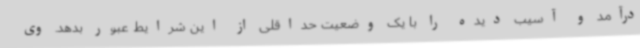
درآمد و آسیب دیده را با یک وضعیت حداقلی از این شرایط عبور بدهد. وی